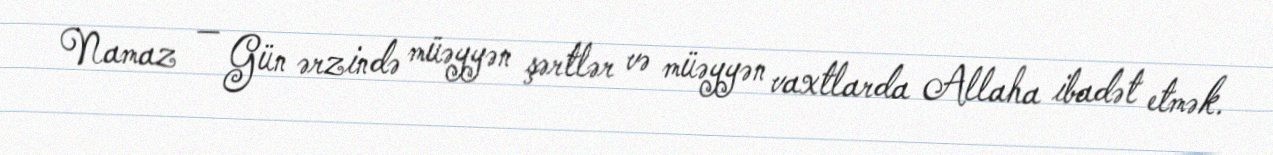
Namaz — Gün ərzində müəyyən şərtlər və müəyyən vaxtlarda Allaha ibadət etmək.